Black-water fever - Number 35
Disease focus: Fever
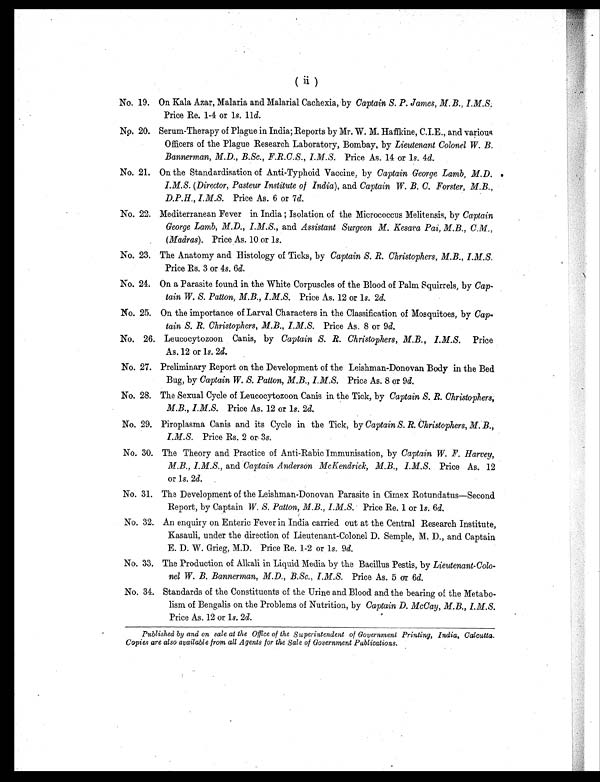
( ii )
No. 19. On Kala Azar, Malaria and Malarial Cachexia, by Captain S. P. James, M. B., I.M.S.
Price Re. 1-4 or 1 s. 11d.
No. 20. Serum-Therapy of Plague in India; Reports by Mr. W. M. Haffkine, C.I.E., and various
Officers of the Plague Research Laboratory, Bombay, by Lieutenant Colonel W. B.
Bannerman, M.D., B.Sc., F.R.C.S., I.M.S. Price As. 14 or 1s. 4d.
No. 21. On the Standardisation of Anti-Typhoid Vaccine, by Captain George Lamb, M.D.
I.M.S. (Director, Pasteur Institute of India), and Captain W. B. C. Forster, M.B.,
D.P.H., I.M.S. Price As. 6 or 7 d.
No. 22. Mediterranean Fever in India ; Isolation of the Micrococcus Melitensis, by Captain
George Lamb, M.D., I.M.S., and Assistant Surgeon M. Kesava Pai, M.B., C.M.,
(Madras). Price As. 10 or 1s.
No. 23. The Anatomy and Histology of Ticks, by Captain S. R. Christophers, M.B., I.M.S.
Price Rs. 3 or 4s. 6d.
No. 24. On a Parasite found in the White Corpuscles of the Blood of Palm Squirrels, by Cap-
tain W. S. Patton, M.B., I.M.S. Price As. 12 or 1s. 2d.
No. 25. On the importance of Larval Characters in the Classification of Mosquitoes, by Cap
-tain S. R. Christophers, M.B., I.M.S. Price As. 8 or 9d.
No. 26. Leucocytozoon Canis, by Captain S. R. Christophers, M.B., I.M.S. Price
As. 12 or 1s. 2d.
No. 27. Preliminary Report on the Development of the Leishman-Donovan Body in the Bed
Bug, by Captain W. S. Patton, M.B., I.M.S. Price As. 8 or 9d.
No. 28. The Sexual Cycle of Leucocytozoon Canis in the Tick, by Captain S. R. Christophers,
M.B., I.M.S. Price As. 12 or 1s. 2d.
No. 29. Piroplasma Canis and its Cycle in the Tick, by Captain S. R. Christophers, M. B.,
I.M.S. Price Rs. 2 or 3s.
No. 30. The Theory and Practice of Anti-Rabic Immunisation, by Captain W. F. Harvey,
M.B., I.M.S., and Captain Anderson McKendrick, M.B., I.M.S. Price As. 12
or 1s. 2d.
No. 31. The Development of the Leishman-Donovan Parasite in Cimex Rotundatus—Second
Report, by Captain W. S. Patton, M.B., I.M.S. Price Re. 1 or 1s. 6d.
No. 32. An enquiry on Enteric Fever in India carried out at the Central Research Institute,
Kasauli, under the direction of Lieutenant-Colonel D. Semple, M. D., and Captain
E. D. W. Grieg, M.D. Price Re. 1-2 or 1 s. 9d.
No. 33. The Production of Alkali in Liquid Media by the Bacillus Pestis, by Lieutenant-Colo-
nel W. B. Bannerman, M.D., B.Sc., I.M.S. Price As. 5 or 6 d.
No. 34. Standards of the Constituents of the Urine and Blood and the bearing of the Metabo-
lism of Bengalis on the Problems of Nutrition, by Captain D. McCay, M.B., I.M.S.
Price As. 12 or 1s. 2d.
Published by and on sale at the Office of the Superintendent of Government Printing, India, Calcutta.
Copies are also available from all Agents for the Sale of Government Publications.